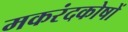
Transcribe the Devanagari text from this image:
मकरंदकोषों